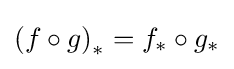
\left(f\circ g\right)_{*}=f_{*}\circ g_{*}